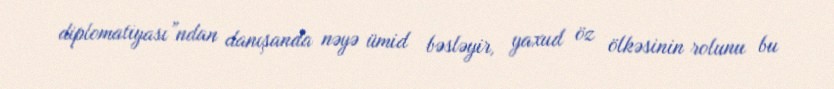
diplomatiyası”ndan danışanda nəyə ümid bəsləyir, yaxud öz ölkəsinin rolunu bu